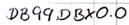
Text: DB99.DBX0.0